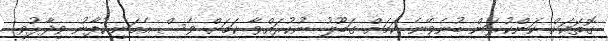
ގޮތަކަށް ކަންކުރަން ބުނެވޭނެ ކަމަށް ގަބޫލު ނުކުރައްވާ ކަމަށް ވެސް އެމަނިކުފާނު ވިދާޅުވި